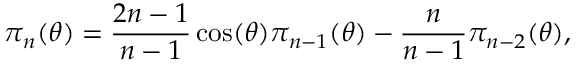
\pi _ { n } ( \theta ) = \frac { 2 n - 1 } { n - 1 } \cos ( \theta ) \pi _ { n - 1 } ( \theta ) - \frac { n } { n - 1 } \pi _ { n - 2 } ( \theta ) ,